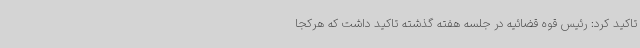
تاکید کرد: رئیس قوه قضائیه در جلسه هفته گذشته تاکید داشت که هرکجا